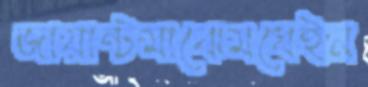
জায়ান্টমাঝেমধেইন